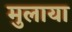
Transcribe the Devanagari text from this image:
मुलाया